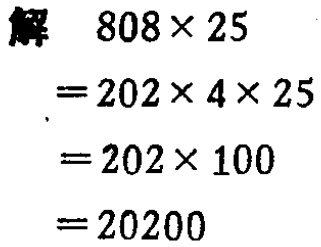
```
解 \(808\times25\)
\(=202\times4\times25\)
\(=202\times100\)
\(=20200\)
```